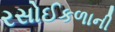
રસોઈકળાની